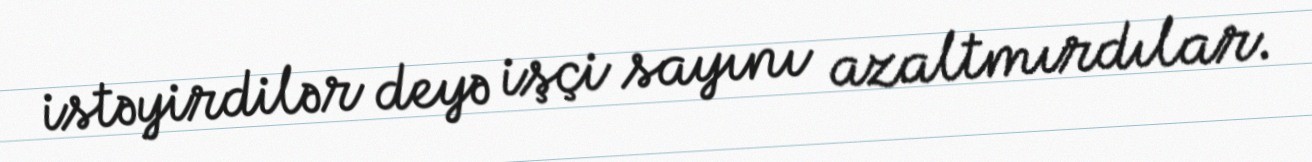
istəyirdilər deyə işçi sayını azaltmırdılar.